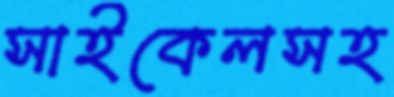
সাইকেলসহ